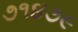
૭૧૪૭૯